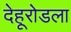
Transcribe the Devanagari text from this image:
देहूरोडला